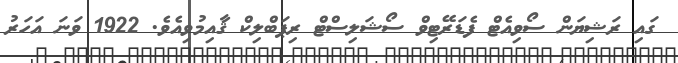
ގައި ރަޝިޔަން ސޯވިއެޓް ފެޑަރޭޓިވް ސޯޝަލިސްޓް ރިޕަބްލިކް ޤާއިމުވިއެވެ. 1922 ވަނަ އަހަރު